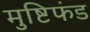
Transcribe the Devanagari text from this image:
मुष्टिफंड